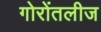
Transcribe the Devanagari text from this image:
गोरोंतलीज